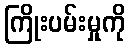
ကြိုးပမ်းမှုကို